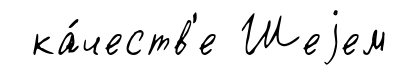
ка́честв'е Шеjем